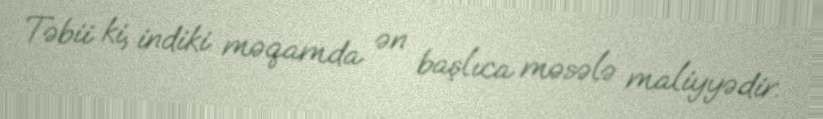
Təbii ki, indiki məqamda ən başlıca məsələ maliyyədir.